Indian journal of veterinary science and animal husbandry - Volume 4,
Year: 1934
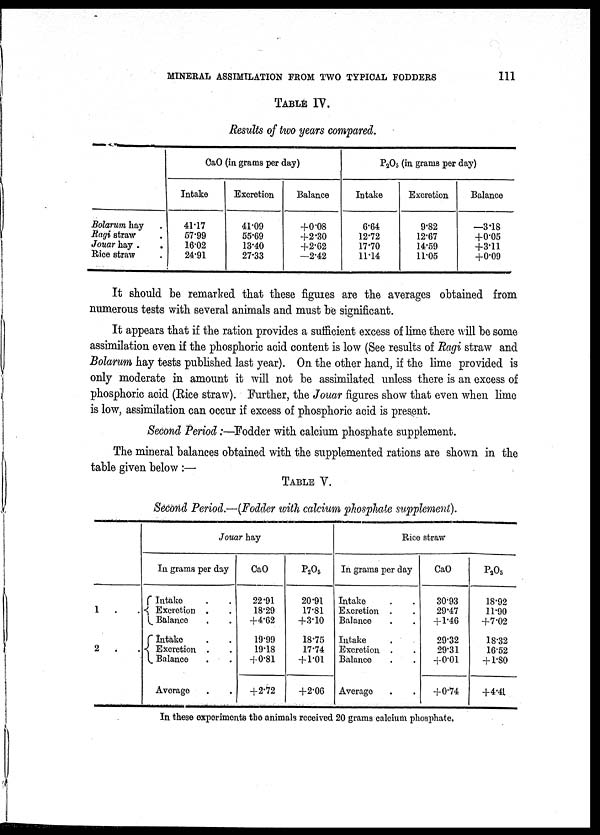
MINERAL ASSIMILATION FROM TWO TYPICAL FODDERS
111
TABLE IV.
Results of two years compared.
Bolarum hay .
Ragi straw .
Jouar hay .
.
Rice straw .
CaO (in grams per day)
Intake
41.17
57.99
16.02
24.91
Excretion
41.09
55.69
13.40
27.33
Balance
+0.08
+2.30
+2.62
—2.42
P 2 O 5 (in grams per day)
Intake
6.64
12.72
17.70
11.14
Excretion
9.82
12.67
14.59
11.05
Balance
—3.18
+0.05
+3.11
+0.09
It should be remarked that these figures are the averages obtained from
numerous tests with several animals and must be significant.
It appears that if the ration provides a sufficient excess of lime there will be some
assimilation even if the phosphoric acid content is low (See results of Ragi straw and
Bolarum hay tests published last year). On the other hand, if the lime provided is
only moderate in amount it will not be assimilated unless there is an excess of
phosphoric acid (Rice straw). Further, the Jouar figures show that even when lime
is low, assimilation can occur if excess of phosphoric acid is present.
Second Period:—Fodder with calcium phosphate supplement.
The mineral balances obtained with the supplemented rations are shown in the
table given below:—
TABLE V.
Second Period.—(Fodder with calcium phosphate supplement).
1 . .
2 . .
Jouar hay
In grams per day
Intake . .
Excretion . .
Balance . .
Intake . .
Excretion . .
Balance . .
Average . .
CaO
22.91
18.29
+4.62
19.99
19.18
+0.81
+2.72
P 2 O 5
20.91
17.81
+3.10
18.75
17.74
+ 1.01
+2.06
Rice straw
In grams per
day
Intake . .
Excretion . .
Balance . .
Intake .
Excretion . .
Balance . .
Average . .
CaO
30.93
29.47
+ 1.46
29.32
29.31
+0.01
+0.74
P 2 O 5
18.92
11.90
+7.02
18.32
16.52
+ 1.80
+4.41
In these experiments the animals received 20 grams calcium phosphate.